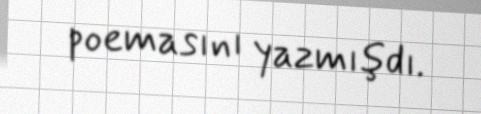
poemasını yazmışdı.